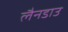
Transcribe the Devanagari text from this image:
लैनडाउ